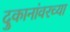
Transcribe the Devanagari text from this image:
दुकानांवरच्या